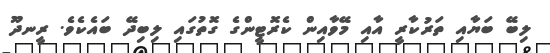
ލިބޭ ބަޔާއި ތަރުކާރީ އާއި މޭވާއިން ކެރޮޓީންގެ ގޮތުގައި ލިބިދޭ ބައެކެވެ. ރީނދޫ